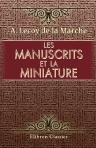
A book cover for Les manuscrits et la miniature; Albert Lecoy de la Marche; Crafts, Hobbies & Home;